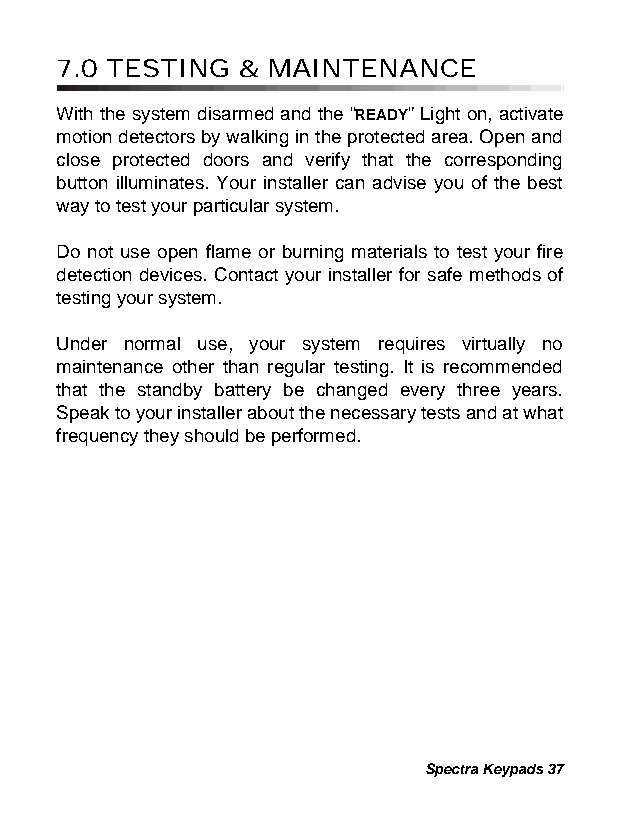
7.0 TESTING & MAINTENANCE
 With the system disarmed and the “READY” Light on, activate
 motion detectors by walking in the protected area. Open and
 close protected doors and verify that the corresponding
 button illuminates. Your installer can advise you of the best
 way to test your particular system.
 Do not use open flame or burning materials to test your fire
 detection devices. Contact your installer for safe methods of
 testing your system.
 Under normal use, your system requires virtually no
 maintenance other than regular testing. It is recommended
 that the standby battery be changed every three years.
 Speak to your installer about the necessary tests and at what
 frequency they should be performed.
 Spectra Keypads 37